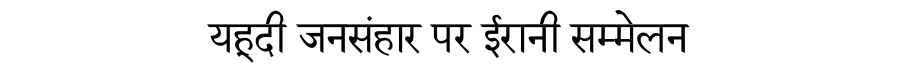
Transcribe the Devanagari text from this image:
यहूदी जनसंहार पर ईरानी सम्मेलन